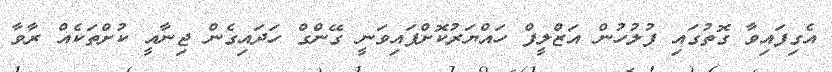
އެގިފައިވާ ގޮތުގައި ފުލުހުން އަޒްލީފް ހައްޔަރުކޮށްފައިވަނީ ގޭންގް ހަދައިގެން ޖިނާއީ ކުށްތަކެއް ރާވާ